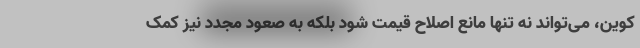
کوین، می‌تواند نه تنها مانع اصلاح قیمت شود بلکه به صعود مجدد نیز کمک